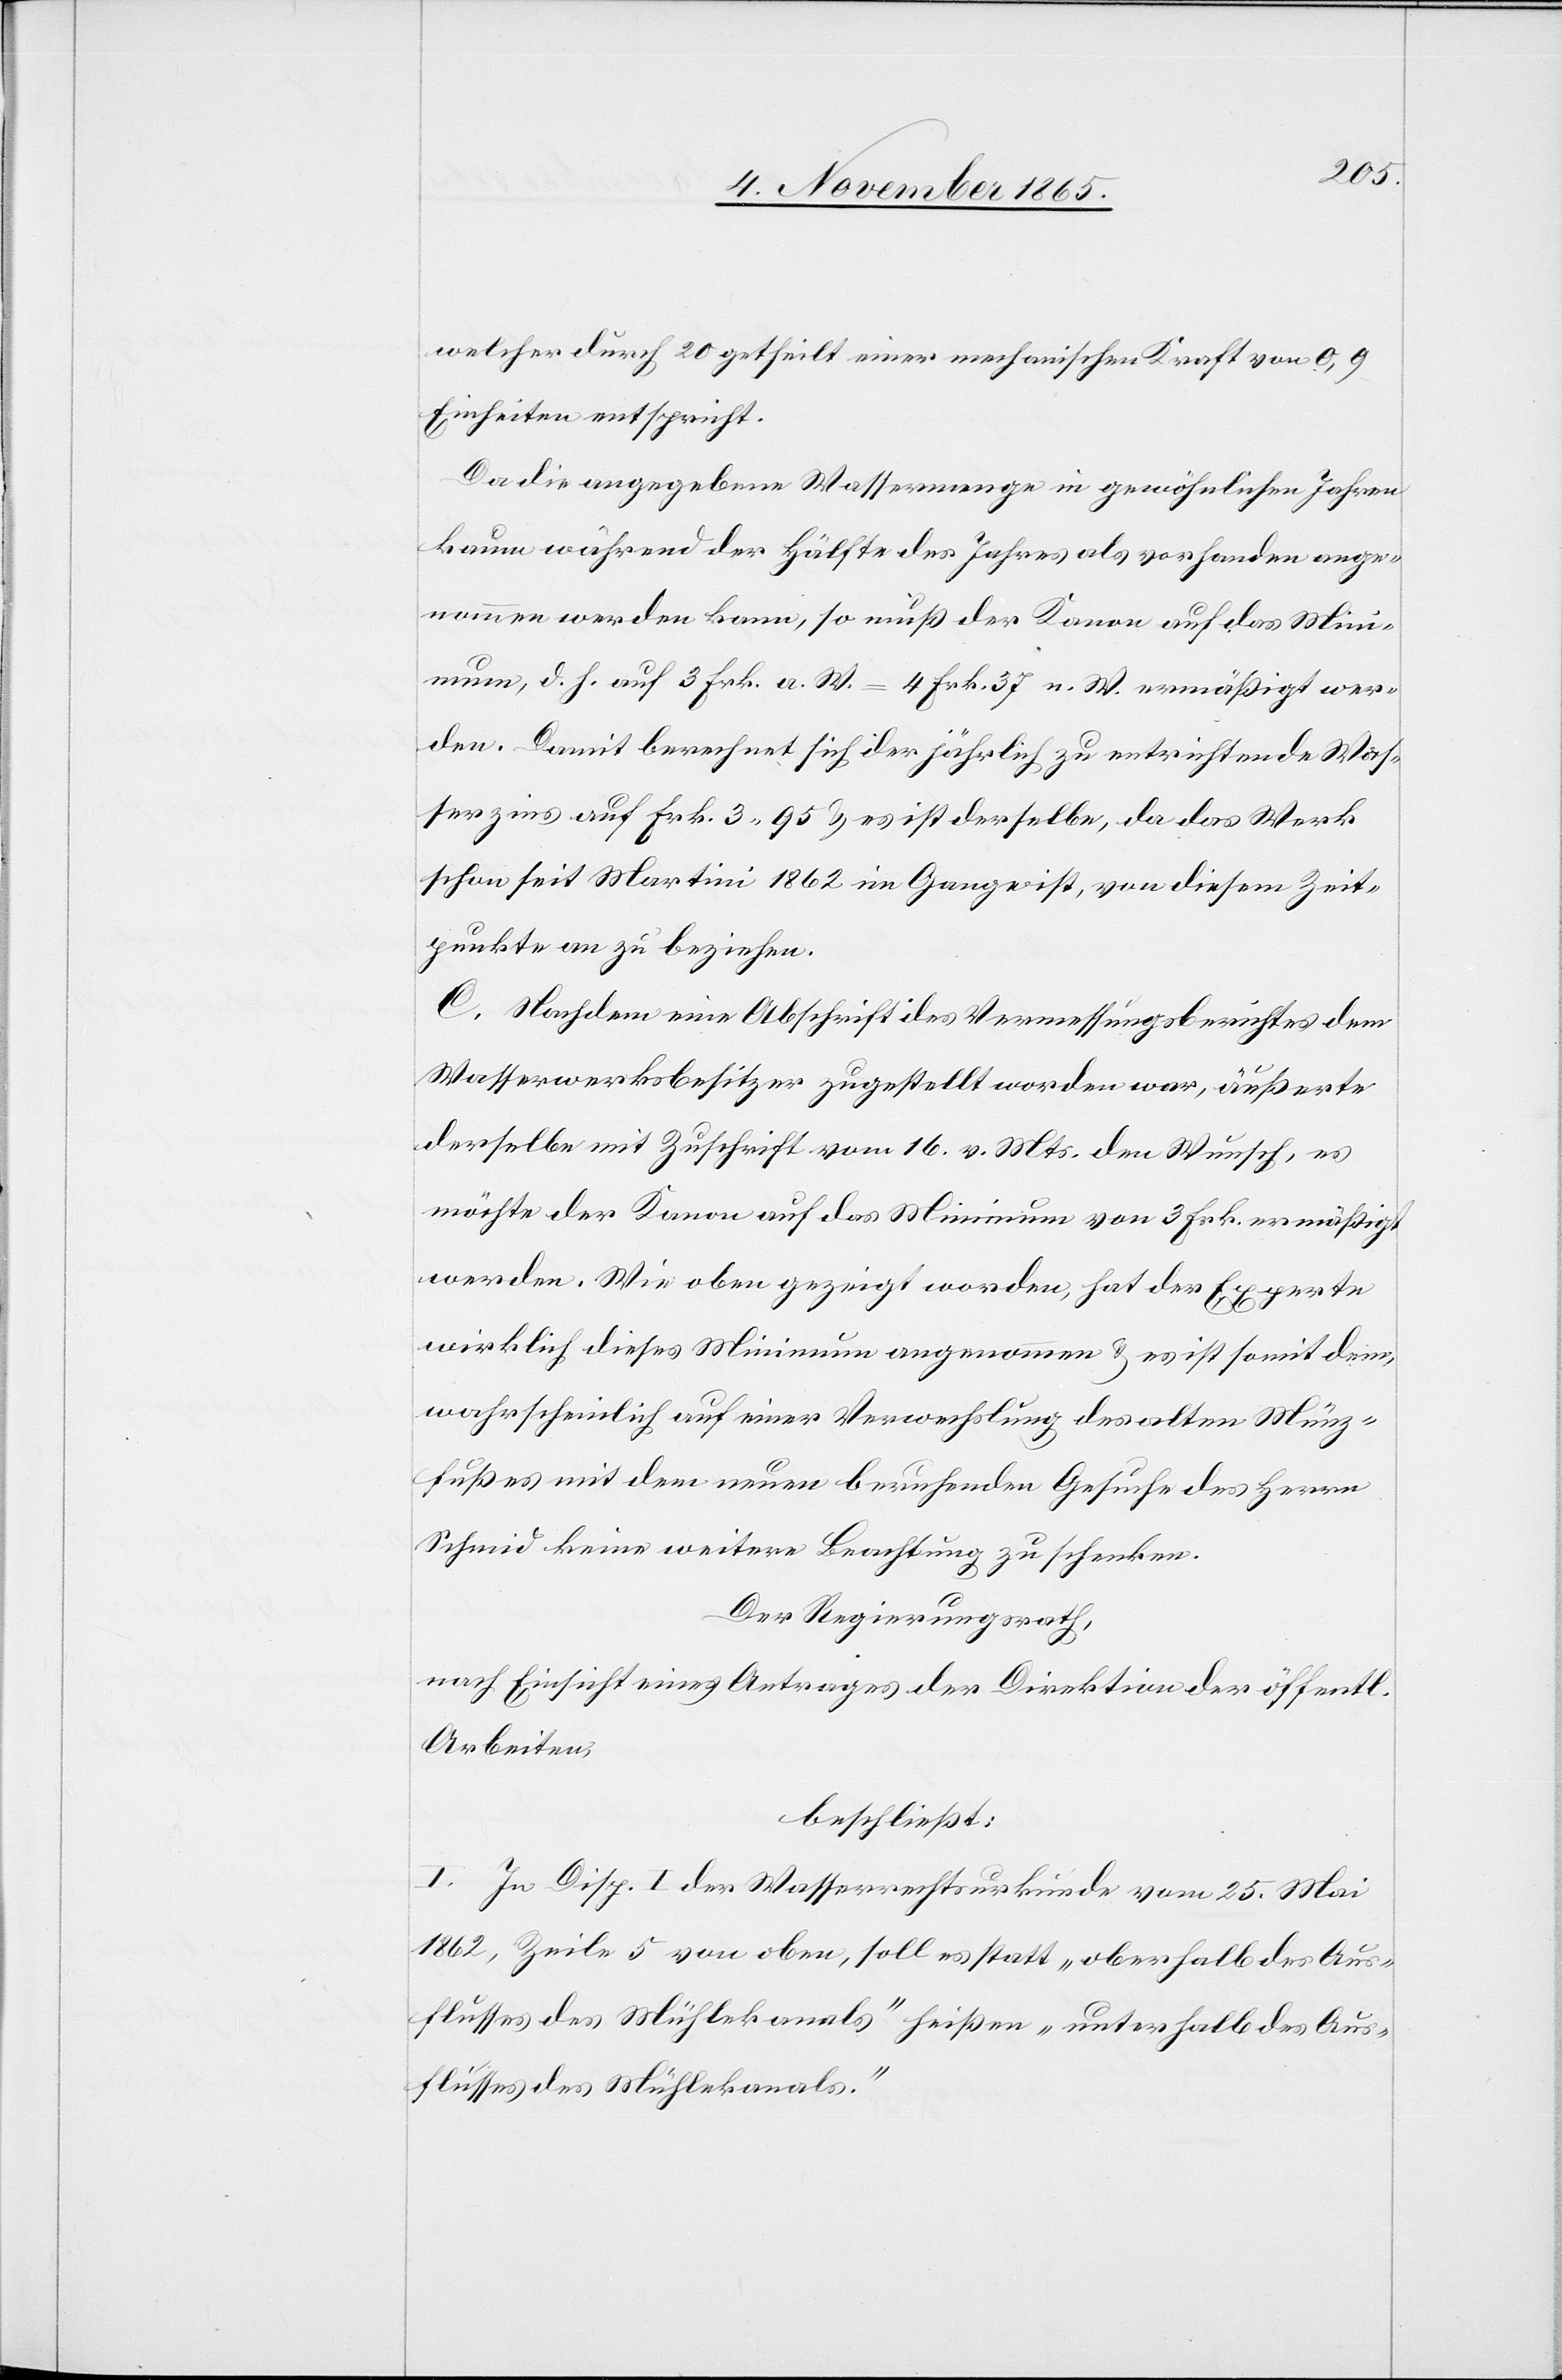
welcher durch 20 getheilt einer mechanischen Kraft von 0,9
Einheiten entspricht.
Da die angegebene Wassermenge in gewöhnlichen Jahren
kaum während der Hälfte des Jahres als vorhanden ange¬
nommen werden kann, so muß der Kanon auf das Min¬
imum, d. h. auf 3 Frk. a. W. = 4 Frk. 37 n. W. ermäßigt wer¬
den. Damit berechnet sich der jährlich zu entrichtende Was¬
serzins auf Frk. 3 95 & es ist derselbe, da das Werk
schon seit Martini 1862 im Gange ist, von diesem Zeit¬
punkte an zu beziehen.
C. Nachdem eine Abschrift des Vermessungsberichtes dem
Wasserwerksbesitzer zugestellt worden war, äußerte
derselbe mit Zuschrift vom 16. v. Mts. den Wunsch, es
möchte der Kanon auf das Minimum von 3 Frk. ermäßigt
werden. Wie oben gezeigt worden, hat der Experte
wirklich dieses Minimum angenommen & es ist somit dem,
wahrscheinlich auf einer Verwechslung des alten Münz¬
fußes mit dem neuen beruhenden Gesuche des Herrn
Schmid keine weitere Beachtung zu schenken.
Der Regierungsrath,
nach Einsicht eines Antrages der Direktion der öffentl.
Arbeiten,
beschließt:
I. In Disp. I der Wasserrechtsurkunde vom 25. Mai
1862, Zeile 5 von oben, soll es statt „oberhalb des Aus¬
flusses des Mühlekanals“ heißen „unterhalb des Aus¬
flusses des Mühlekanals.“